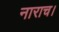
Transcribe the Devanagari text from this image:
नाराच।